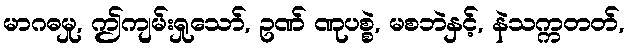
မာဂဓမှု, ဤကျမ်းရှုသော်, ဥဏ် ဏုပစ္စဲ, မစဘဲနှင့်, နဲသက္ကတတ်,